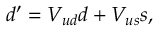
d ^ { \prime } = V _ { u d } d + V _ { u s } s ,